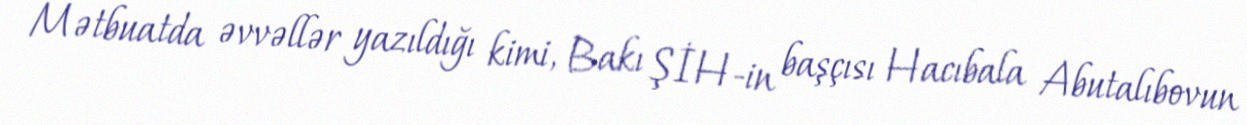
Mətbuatda əvvəllər yazıldığı kimi, Bakı ŞİH-in başçısı Hacıbala Abutalıbovun